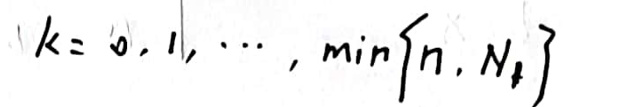
\[k = 0, 1, \cdots, \min\{n, N\}\]